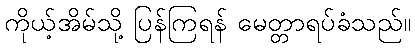
ကိုယ့်အိမ်သို့ ပြန်ကြရန် မေတ္တာရပ်ခံသည်။